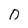
Character: 0